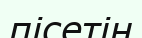
пісетін